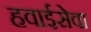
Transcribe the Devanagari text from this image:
हवाईसेवा